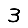
Digit: 3